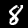
Digit: 8